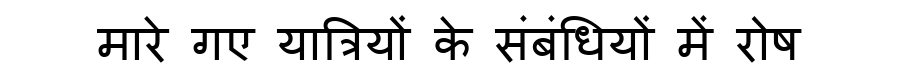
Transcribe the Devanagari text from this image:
मारे गए यात्रियों के संबंधियों में रोष